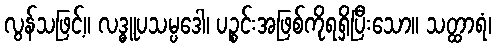
လွန်သဖြင့်။ လဒ္ဓူပသမ္ပဒေါ၊ ပဉ္စင်းအဖြစ်ကိုရရှိပြီးသော။ သတ္ထာရံ၊